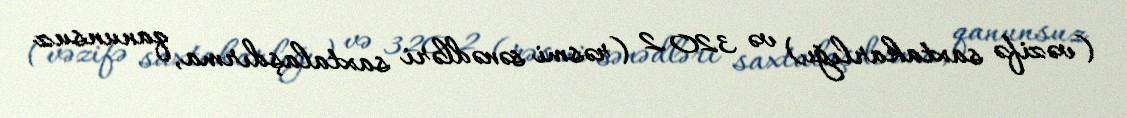
(vəzifə saxtakarlığı) və 320.2 (rəsmi sənədləri saxtalaşdırma, qanunsuz